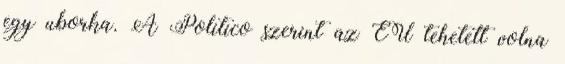
egy uborka. A Politico szerint az EU tehetett volna